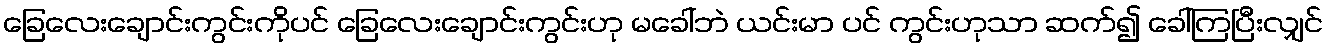
ခြေလေးချောင်းကွင်းကိုပင် ခြေလေးချောင်းကွင်းဟု မခေါ်ဘဲ ယင်းမာ ပင် ကွင်းဟုသာ ဆက်၍ ခေါ်ကြပြီးလျှင်